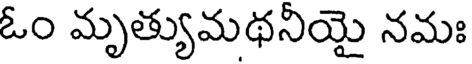
ఓం మృత్యుమథనియై నమః